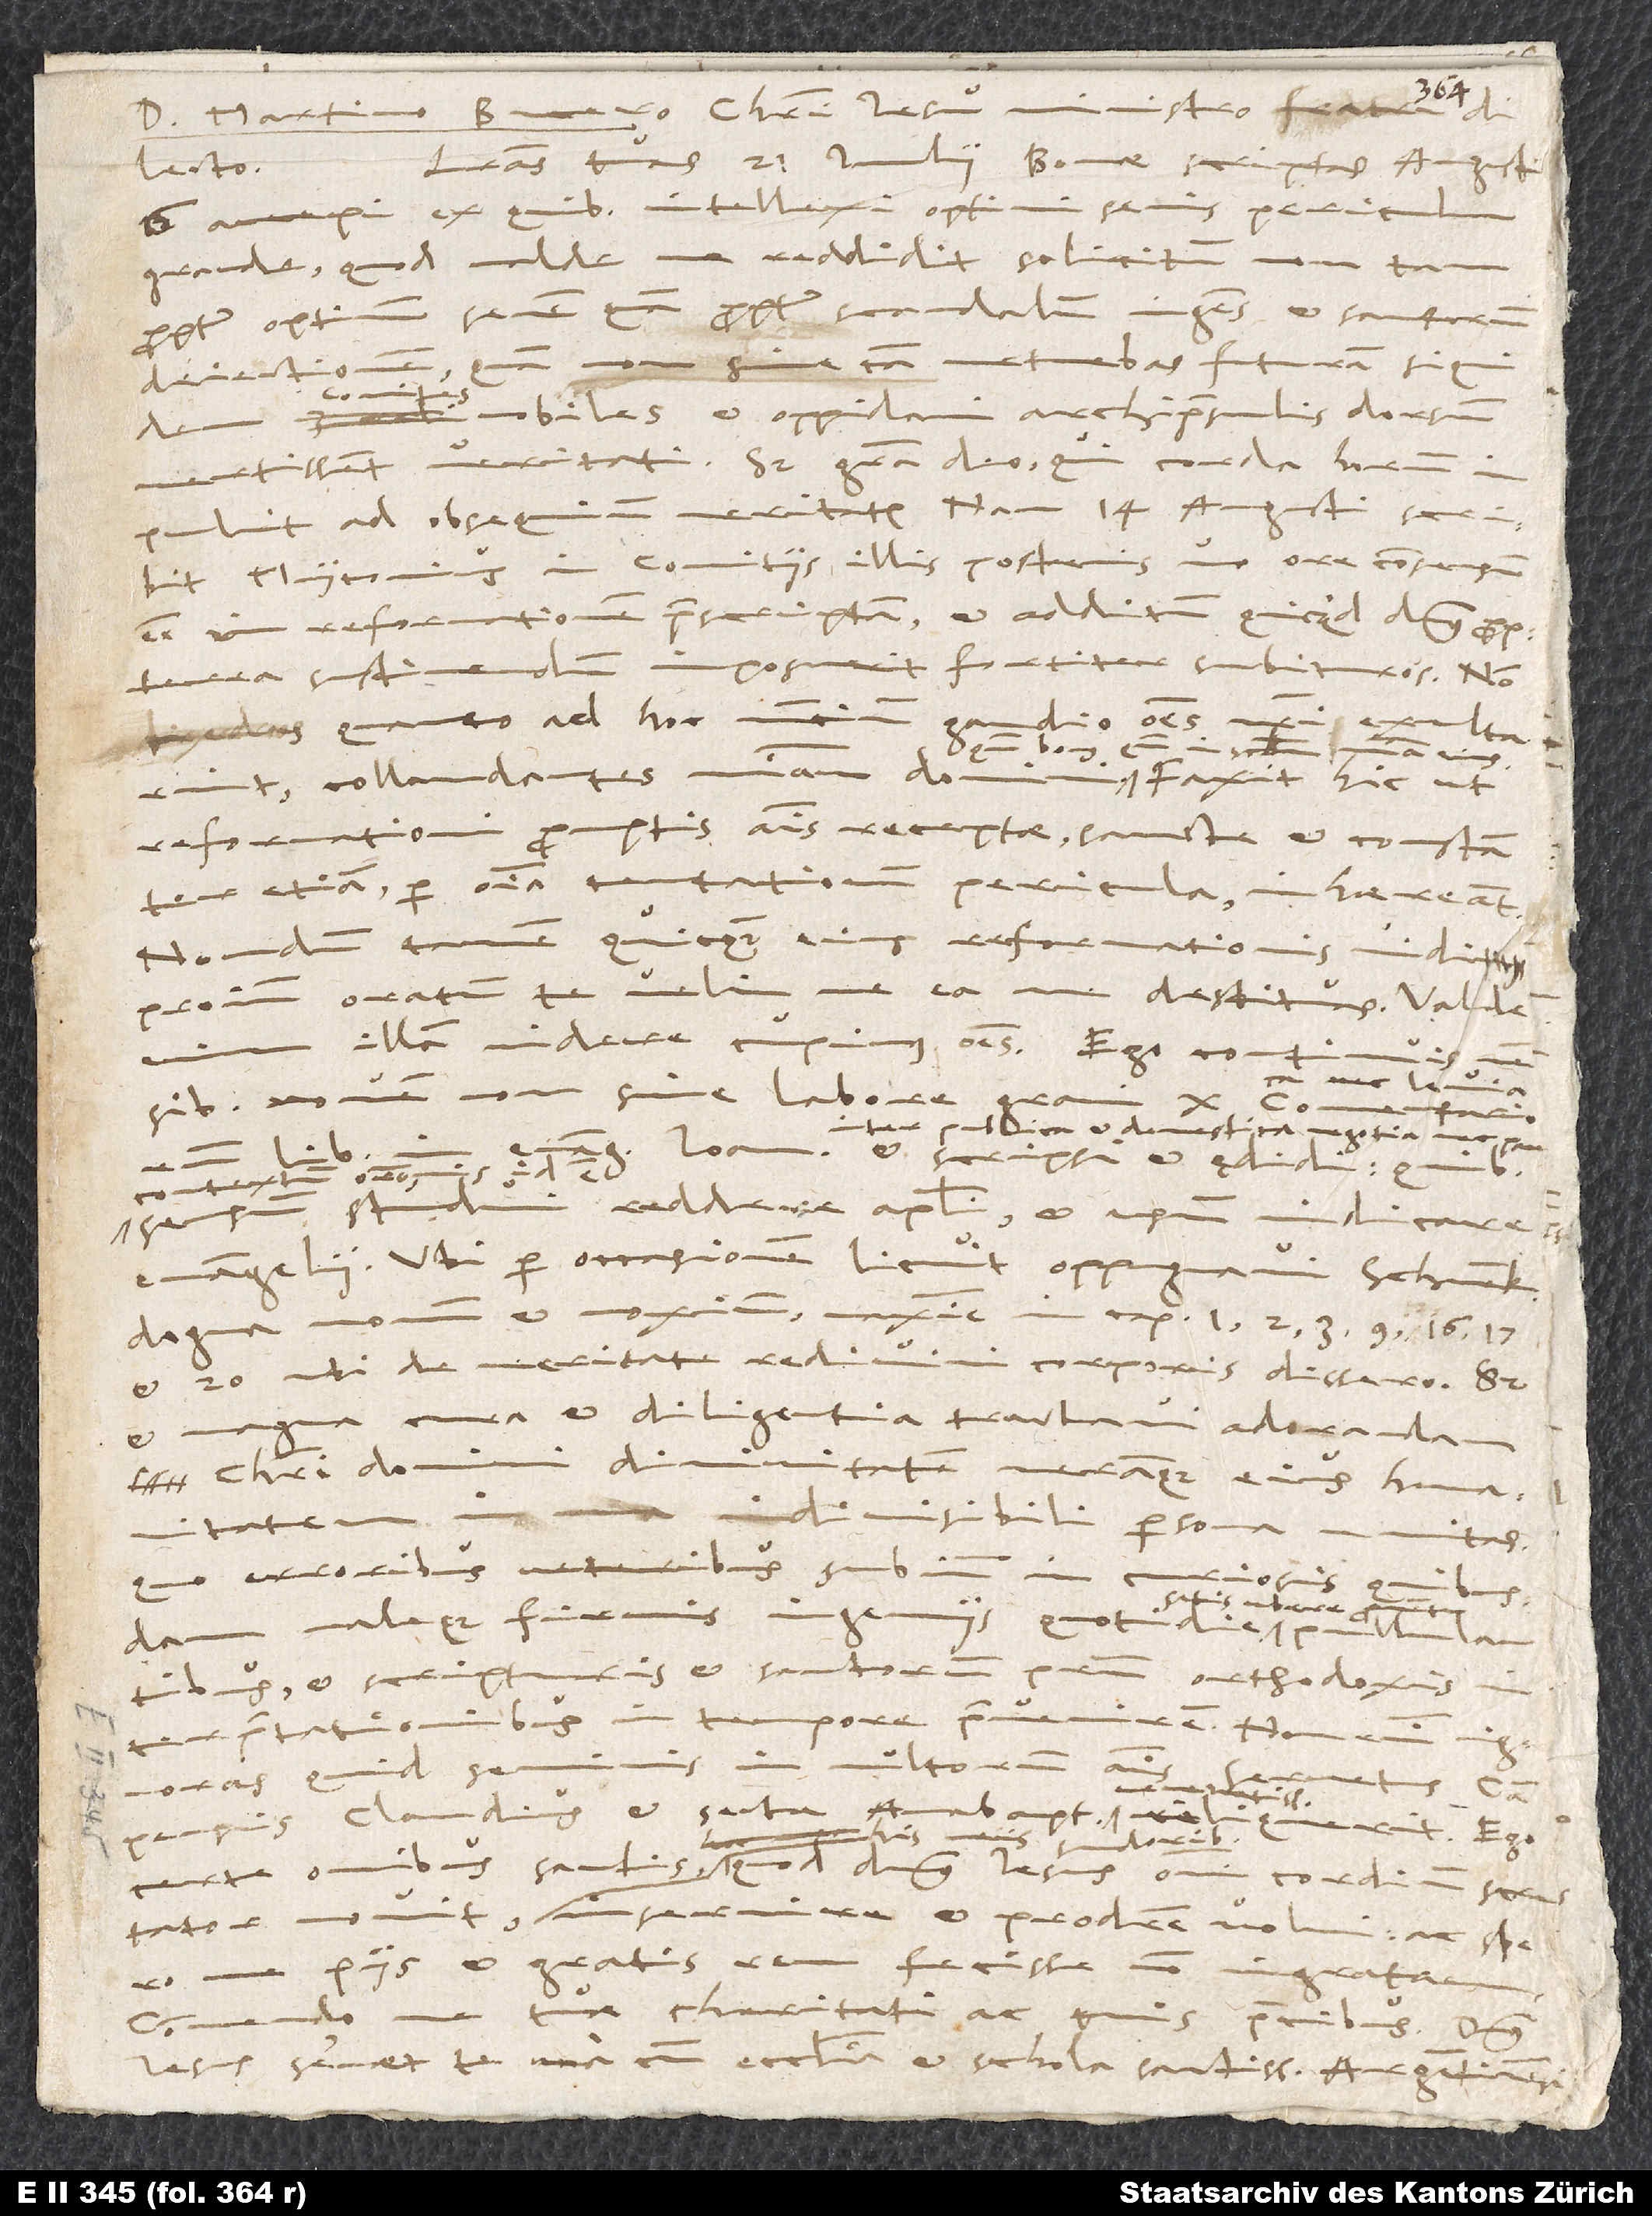
D. Martino Bucero, Christi Iesu ministro, fratri
Literas tuas 21. iulii Bonae scriptas augusti
dilecto.
accepi, ex quibus intellexi optimi senis periculum
grande, quod valde me reddidit solicitum non tam
propter optimum senem quam propter scandalum ingens et sanctorum
sine causa metuebas futuram, siquidem
nobiles et oppidani archipraesulis dorsum
vertissent veritati. Sed gratia deo, qui corda horum
impulit ad obsequium veritatis! Nam 14. augusti scribit
Myconius in comitiis illis posteris uno ore consensum
esse in reformationem praescriptam et additum, quicquid dominus propterea
sustinendum imposuerit, fortiter subituros. Non
gaudio omnes nostri
quanto ad hoc nuntium
bonus, quoniam
eius.
collaudantes misericordiam domini,
Faxit hic, ut
reformationi promptis animis receptae sancte et constanter
etiam per omnia tentationum pericula inhaereant.
Nondum tamen quicquam eius reformationis vidi;
proinde oratum te velim, ne ea me destituas. Valde
illam videre cupimus omnes.
novem non sine labore gravi
inter publica et domestica negotia nec pauca
reddere apostoli et usum vindicare
sensum
evangelii. Ubi per occasionem licuit, oppugnavi Schwenk
certe omnibus sanctis, quod dominus Iesus, omnium cordium
me piis et gratis rem fecisse non ingratam.
tuae charitati ac tuis precibus.
Iesus servet te una cum ecclesia et schola sanctissima Argentinensi.